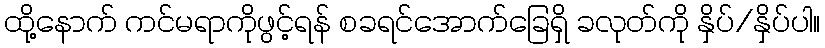
ထို့နောက် ကင်မရာကိုဖွင့်ရန် စခရင်အောက်ခြေရှိ ခလုတ်ကို နှိပ်/နှိပ်ပါ။